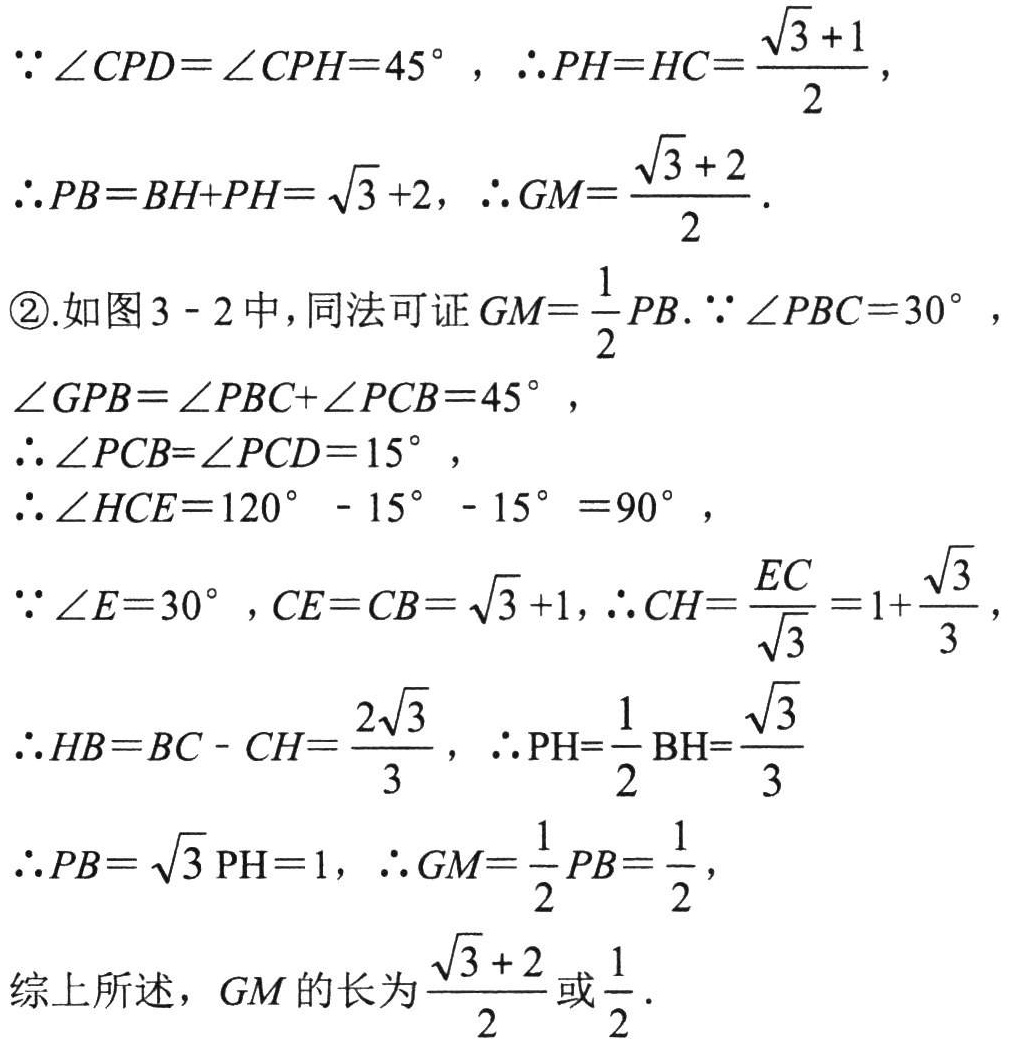
\(

\begin{align*}

&\because\angle CPD = \angle CPH = 45^{\circ},\ \therefore PH = HC=\frac{\sqrt{3}+1}{2},\\

&\therefore PB = BH + PH=\sqrt{3}+2,\ \therefore GM=\frac{\sqrt{3}+2}{2}.\\

\end{align*}

\)

\(

\begin{align*}

&\textcircled{2}.\text{如图3 - 2中，同法可证}GM=\frac{1}{2}PB.\ \because\angle PBC = 30^{\circ},\\

&\angle GPB=\angle PBC+\angle PCB = 45^{\circ},\\

&\therefore\angle PCB=\angle PCD = 15^{\circ},\\

&\therefore\angle HCE = 120^{\circ}-15^{\circ}-15^{\circ}=90^{\circ},\\

&\because\angle E = 30^{\circ},CE = CB=\sqrt{3}+1,\ \therefore CH=\frac{EC}{\sqrt{3}}=1+\frac{\sqrt{3}}{3},\\

&\therefore HB = BC - CH=\frac{2\sqrt{3}}{3},\ \therefore PH=\frac{1}{2}\text{BH}=\frac{\sqrt{3}}{3}\\

&\therefore PB=\sqrt{3}\text{PH}=1,\ \therefore GM=\frac{1}{2}PB=\frac{1}{2},\\

\end{align*}

\)

\(\text{综上所述，}GM\text{的长为}\frac{\sqrt{3}+2}{2}\text{或}\frac{1}{2}.\)